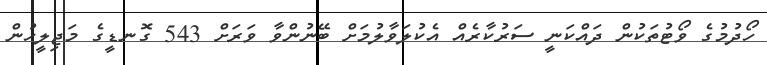
ހޯދުމުގެ ވޯޓުތަކުން ދައްކަނީ ސަރުކާރެއް އެކުލަވާލުމަށް ބޭނުންވާ ވަރަށް 543 ގޮނޑީގެ މަޖިލީހުން